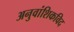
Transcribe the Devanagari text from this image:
अनुवांशिकविद